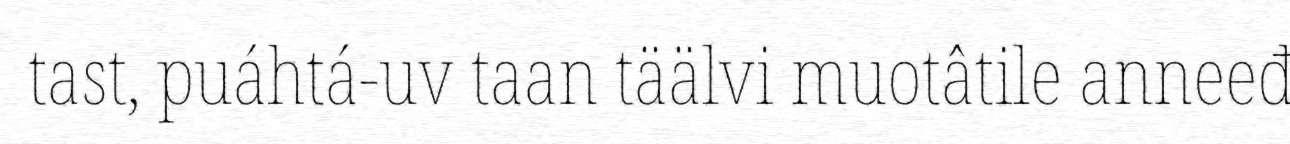
tast, puáhtá-uv taan täälvi muotâtile anneeđ